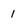
Character: 1